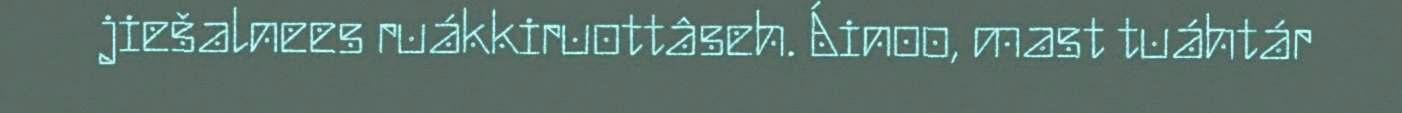
jiešalnees ruákkiruottâseh. Áinoo, mast tuáhtár